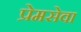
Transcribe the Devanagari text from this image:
प्रेमसेवा